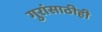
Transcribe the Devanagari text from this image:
गुरांसाठीही